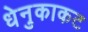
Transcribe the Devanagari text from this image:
धेनुकाकट